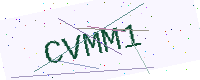
Text: CVMM1